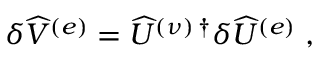
\delta \widehat { V } ^ { ( e ) } = \widehat { U } ^ { ( \nu ) \, \dagger } \delta \widehat { U } ^ { ( e ) } \; ,